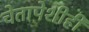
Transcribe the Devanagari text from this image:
चेतापेशीही